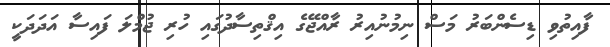
ފާއިތުވި ޑިސެންބަރު މަސް ނިމުނުއިރު ރާއްޖޭގެ އިޤްތިސާދުގައި ހުރި ޖުމްލަ ފައިސާ އަދަދަކީ